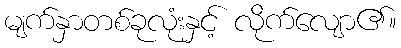
မျက်နှာတစ်ခုလုံးနှင့် လိုက်လျော၏။